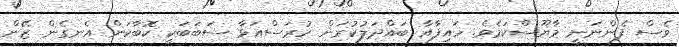
ވެސް ފެންނަނީ މާޔޫސްކަމެވެ. ހައިފާއާ ބައްދަލުކުރަން ހުރަސްއަޅާ ސަބަބަކީ ކޮބާކަން އެނގެން ޒޭން